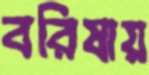
বরিষায়